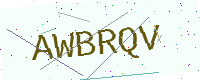
Text: AWBRQV